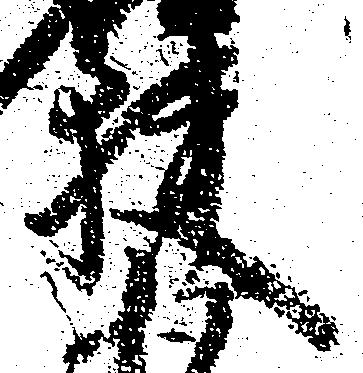
狭